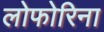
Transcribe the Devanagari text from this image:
लोफोरिना